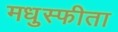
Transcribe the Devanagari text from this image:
मधुस्फीता